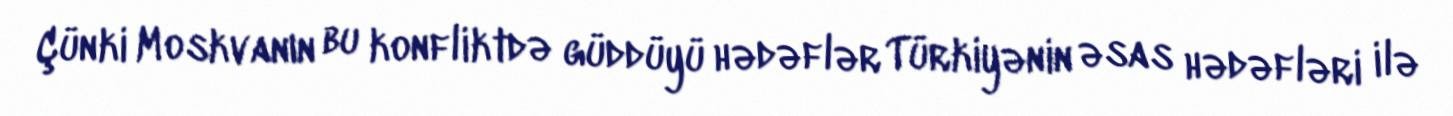
Çünki Moskvanın bu konfliktdə güddüyü hədəflər Türkiyənin əsas hədəfləri ilə